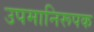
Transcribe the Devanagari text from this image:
उपमानिरूपक